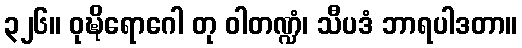
၃၂၆။ ဝုဍ္ဎိရောဂေါ တု ဝါတဏ္ဍံ၊ သီပဒံ ဘာရပါဒတာ။